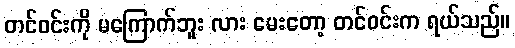
တင်ဝင်းကို မကြောက်ဘူး လား မေးတော့ တင်ဝင်းက ရယ်သည်။